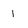
Character: 1